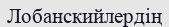
Лобанскийлердің